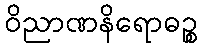
ဝိညာဏနိရောဓဉ္စ